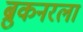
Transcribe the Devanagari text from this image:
ब्रुकनरला